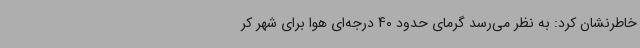
خاطرنشان کرد: به نظر می‌رسد گرمای حدود 40 درجه‌ای هوا برای شهر کر